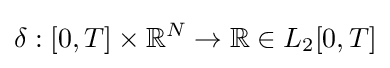
\mathbf {\delta } :[0,T]\times \mathbb {R} ^{N}\rightarrow \mathbb {R} \in L_{2}[0,T]